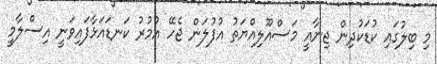
މި ބިލުގައި ކުޑަކުދިން ޖިނާއީ މަސްއޫލިއްޔަތު އުފުލަން ޖެހޭ އުމުރު ކަނޑައަޅާފައިވަނީ އިސްލާމީ